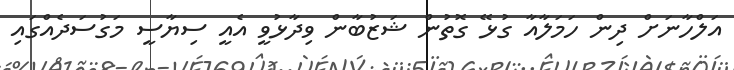
އަލްހާނަށް ދިން ހަމަލާއާ ގުޅޭ ގޮތުން ޝަޒުބާން ވިދާޅުވީ އެއީ ސިޔާސީ މަގުސަދެއްގައި